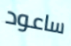
ساعود